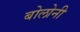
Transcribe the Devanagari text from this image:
बोलोनी